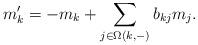
LaTeX: \begin{align*} m_k' = -m_k + \sum_{j\in \Omega(k,-)} b_{kj} m_j.\end{align*}